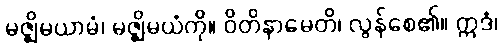
မဇ္ဈိမယာမံ၊ မဇ္ဈိမယံကို။ ဝိတိနာမေတိ၊ လွန်စေ၏။ ဣဒံ၊